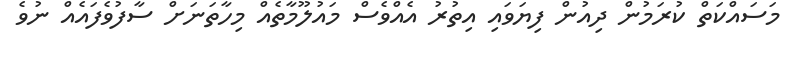
މަސައްކަތް ކުރަމުން ދިއުން ފިޔަވައި އިތުރު އެއްވެސް މައުލޫމާތެއް މިހާތަނަށް ސާފުވެފައެއް ނުވެ